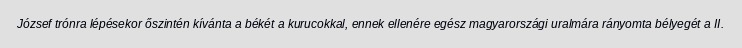
József trónra lépésekor őszintén kívánta a békét a kurucokkal, ennek ellenére egész magyarországi uralmára rányomta bélyegét a II.